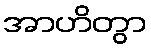
အာဟိတွာ